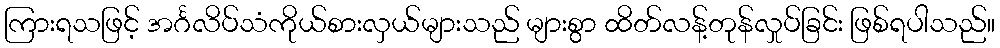
ကြားရသဖြင့် အင်္ဂလိပ်သံကိုယ်စားလှယ်များသည် များစွာ ထိတ်လန့်တုန်လှုပ်ခြင်း ဖြစ်ရပါသည်။